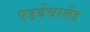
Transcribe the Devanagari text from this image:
एडवेंचरलैंड